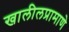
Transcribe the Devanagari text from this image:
खालीलप्रामाणे